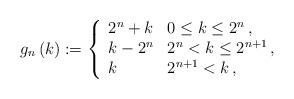
LaTeX: \begin{align*}g_{n}\left( k\right) :=\left\{\begin{array}{ll}2^{n}+k & 0\leq k\leq 2^{n}\,, \\k-2^{n} & 2^{n}<k\leq 2^{n+1}\,,\\k & 2^{n+1}<k\,,\end{array}\right.\end{align*}